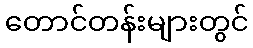
တောင်တန်းများတွင်